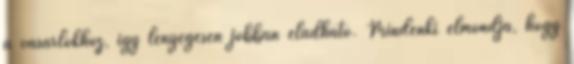
a vásárlókhoz, így lényegesen jobban eladható. Mindenki elmondja, hogy